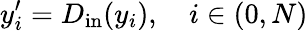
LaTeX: y_{i}^{\prime}=D_{\mathrm{in}}(y_{i}),\quad i\in(0,N)